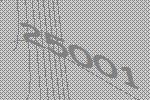
25001